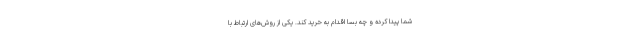
شما پیدا کرده و چه بسا اقدام به خرید کند. یکی از روش‌های ارتباط با